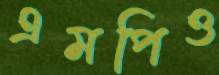
এমপিও